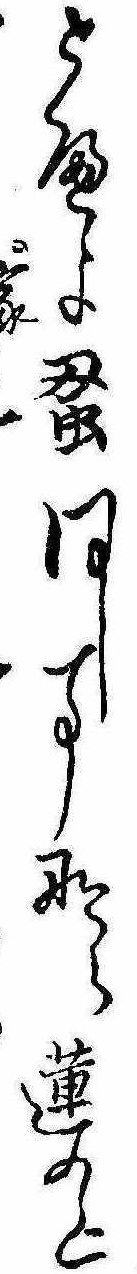
とへよ蚤同し事なら蓮の上家